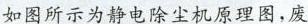
如图所示为静电除尘机原理图，废